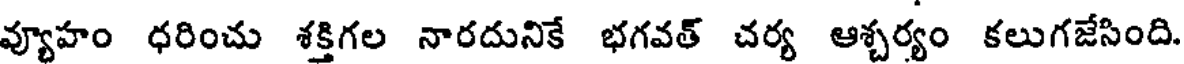
వ్యూహం ధరించు శక్తిగల నారదునికే భగవత్ చర్య ఆశ్చర్యం కలుగజేసింది.